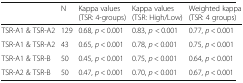
<table><thead><tr><td></td><td><b>N</b></td><td><b>Kappa values (TSR: 4-groups)</b></td><td><b>Kappa values (TSR: High/Low)</b></td><td><b>Weighted kappa (TSR: 4 groups)</b></td></tr></thead><tbody><tr><td>TSR-A1 &amp; TSR-A2</td><td>129</td><td>0.68, <i>p</i> &lt; 0.001</td><td>0.83, <i>p</i> &lt; 0.001</td><td>0.77, <i>p</i> &lt; 0.001</td></tr><tr><td>TSR-A1 &amp; TSR-A2</td><td>43</td><td>0.65, <i>p</i> &lt; 0.001</td><td>0.78, <i>p</i> &lt; 0.001</td><td>0.75, <i>p</i> &lt; 0.001</td></tr><tr><td>TSR-A1 &amp; TSR-B</td><td>50</td><td>0.45, <i>p</i> &lt; 0.001</td><td>0.75, <i>p</i> &lt; 0.001</td><td>0.64, <i>p</i> &lt; 0.001</td></tr><tr><td>TSR-A2 &amp; TSR-B</td><td>50</td><td>0.47, <i>p</i> &lt; 0.001</td><td>0.70, <i>p</i> &lt; 0.001</td><td>0.67, <i>p</i> &lt; 0.001</td></tr></tbody></table>